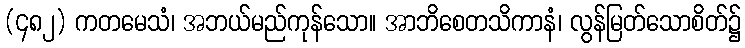
(၄၈၂) ကတမေသံ၊ အဘယ်မည်ကုန်သော။ အာဘိစေတသိကာနံ၊ လွန်မြတ်သောစိတ်၌